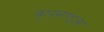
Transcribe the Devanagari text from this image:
कूपमण्डूक